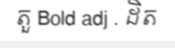
តួ Bold adj . ដិត